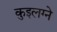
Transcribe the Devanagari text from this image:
कुइलग्ने